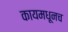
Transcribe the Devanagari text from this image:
कायमधूनच